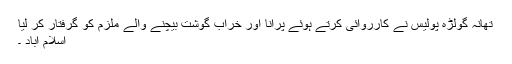
تھانہ گولڑہ پولیس نے کارروائی کرتے ہوئے پرانا اور خراب گوشت بیچنے والے ملزم کو گرفتار کر لیا
اسلام آباد ۔